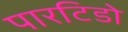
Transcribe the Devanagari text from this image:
पारटिडो